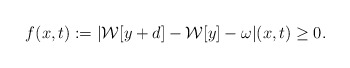
\begin{align*}f(x,t):=|\mathcal{W}[y+d] - \mathcal{W}[y] - \omega|(x,t)\ge 0.\end{align*}